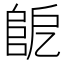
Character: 𨸷